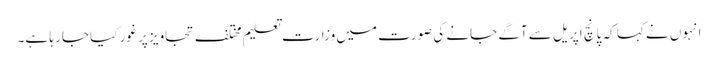
انہوں نے کہا کہ پانچ اپریل سے آگے جانے کی صورت میں وزارت تعلیم مختلف تجاویز پر غور کیا جا رہا ہے۔